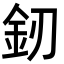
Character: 釰